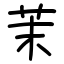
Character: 茉